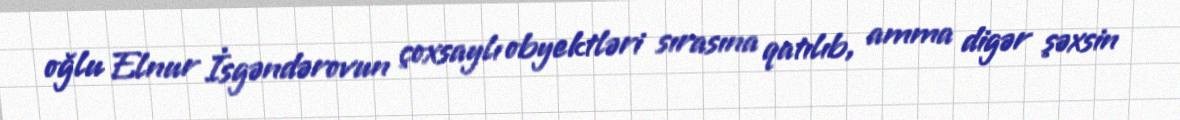
oğlu Elnur İsgəndərovun çoxsaylı obyektləri sırasına qatılıb, amma digər şəxsin